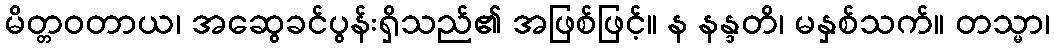
မိတ္တဝတာယ၊ အဆွေခင်ပွန်းရှိသည်၏ အဖြစ်ဖြင့်။ န နန္ဒတိ၊ မနှစ်သက်။ တသ္မာ၊